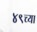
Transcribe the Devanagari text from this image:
४९च्या